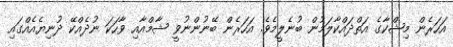
އަހަރެން މިޝްކާގެ އަތްދައްކާލަމުން ބުނެލީމެވެ. އަހަރެން ބޭނުންނުވީ ޝާމްއާއި ވާހަކަ ނުދެއްކޭ ދުނިޔެއެއްގައި